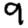
Digit: 9